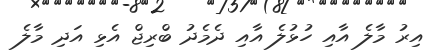
އިރު މާލެ އާއި ހުޅުލެ އާއި ދެމެދު ބްރިޖް އެޅި އަދި މާލެ